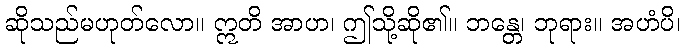
ဆိုသည်မဟုတ်လော။ ဣတိ အာဟ၊ ဤသို့ဆို၏။ ဘန္တေ၊ ဘုရား။ အဟံပိ၊